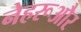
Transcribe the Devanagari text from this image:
नेहरूऔर